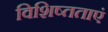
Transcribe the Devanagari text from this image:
विशिष्तताएं